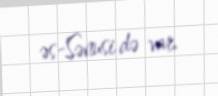
əs-Sənusi də var.